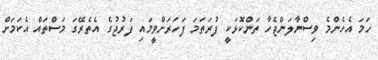
ހަމަ އެހެންމެ ވިސްނާލަންޖެހާ ތަންކޮޅަކީ ފުރަތަމަ ފަހަރަށްވީމައި ފަރުޖުގެ އެތެރޭގަ މަސްތައް އެކަމަށް